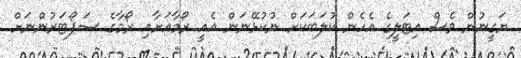
ޔަގީނުން ވެސް އިޓަލީގެ އެހެން ކުލަބަކަށް ނުކުޅޭނަން އެއީ ރޯމާއަށާއި ރޯމާގެ ސަޕޯޓަރުންނަށް